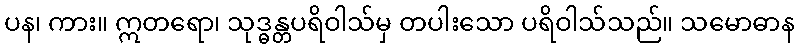
ပန၊ ကား။ ဣတရော၊ သုဒ္ဓန္တပရိဝါသ်မှ တပါးသော ပရိဝါသ်သည်။ သမောဓာန